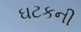
ઘટકની